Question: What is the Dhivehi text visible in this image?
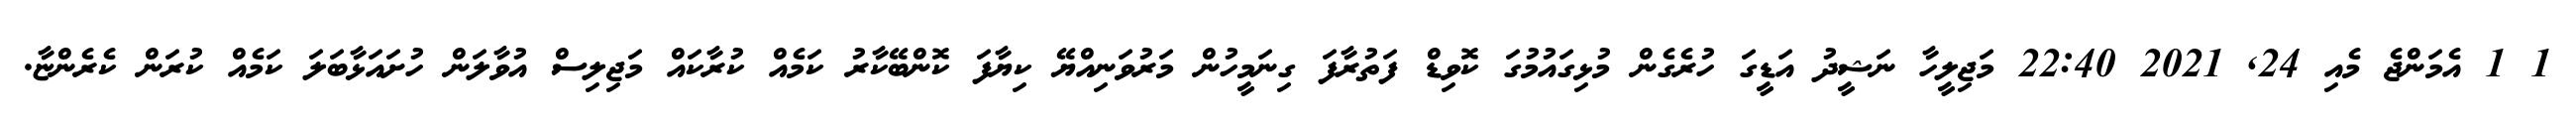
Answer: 1 1 އެމަންޖެ މެއި 24, 2021 22:40 މަޖިލީހާ ނަޝީދު އަޑީގަ ހުރެގެން މުޅިގައުމުގަ ކޮވިޑް ފަތުރާފަ ގިނަމީހުން މަރުވަނިއްޔޭ ކިޔާފަ ކޮންބޭކާރު ކަމެއް ކުރާކައް މަޖިލިސް އުވާލަން ހުށައަޅާބަލަ ކަމެއް ކުރަން ކެރެންޏާ.